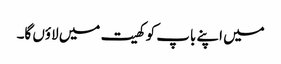
میں اپنے باپ کو کھیت میں لاؤں گا۔